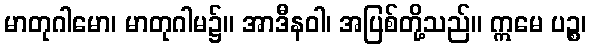
မာတုဂါမော၊ မာတုဂါမ၌။ အာဒီနဝါ၊ အပြစ်တို့သည်။ ဣမေ ပဉ္စ၊